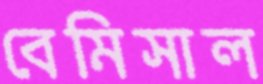
বেমিসাল